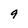
Character: 9